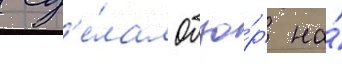
 сд'е́лал обзо́р на́